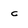
Character: c